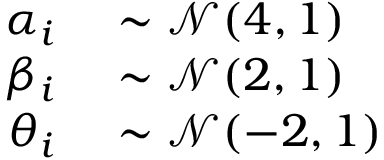
\begin{array} { r l } { \alpha _ { i } } & { { } \sim \mathcal { N } ( 4 , 1 ) } \\ { \beta _ { i } } & { { } \sim \mathcal { N } ( 2 , 1 ) } \\ { \theta _ { i } } & { { } \sim \mathcal { N } ( - 2 , 1 ) } \end{array}